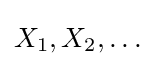
X_{1},X_{2},\dots